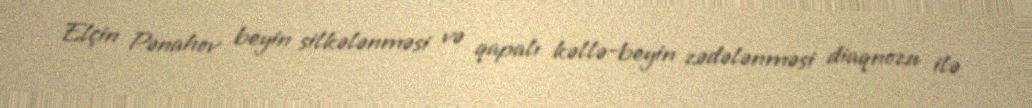
Elçin Pənahov beyin silkələnməsi və qapalı kəllə-beyin zədələnməsi diaqnozu ilə